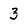
Character: 3